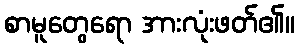
စာမူတွေရော အားလုံးဖတ်၏။